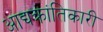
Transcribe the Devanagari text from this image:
आद्यक्रांतिकारी